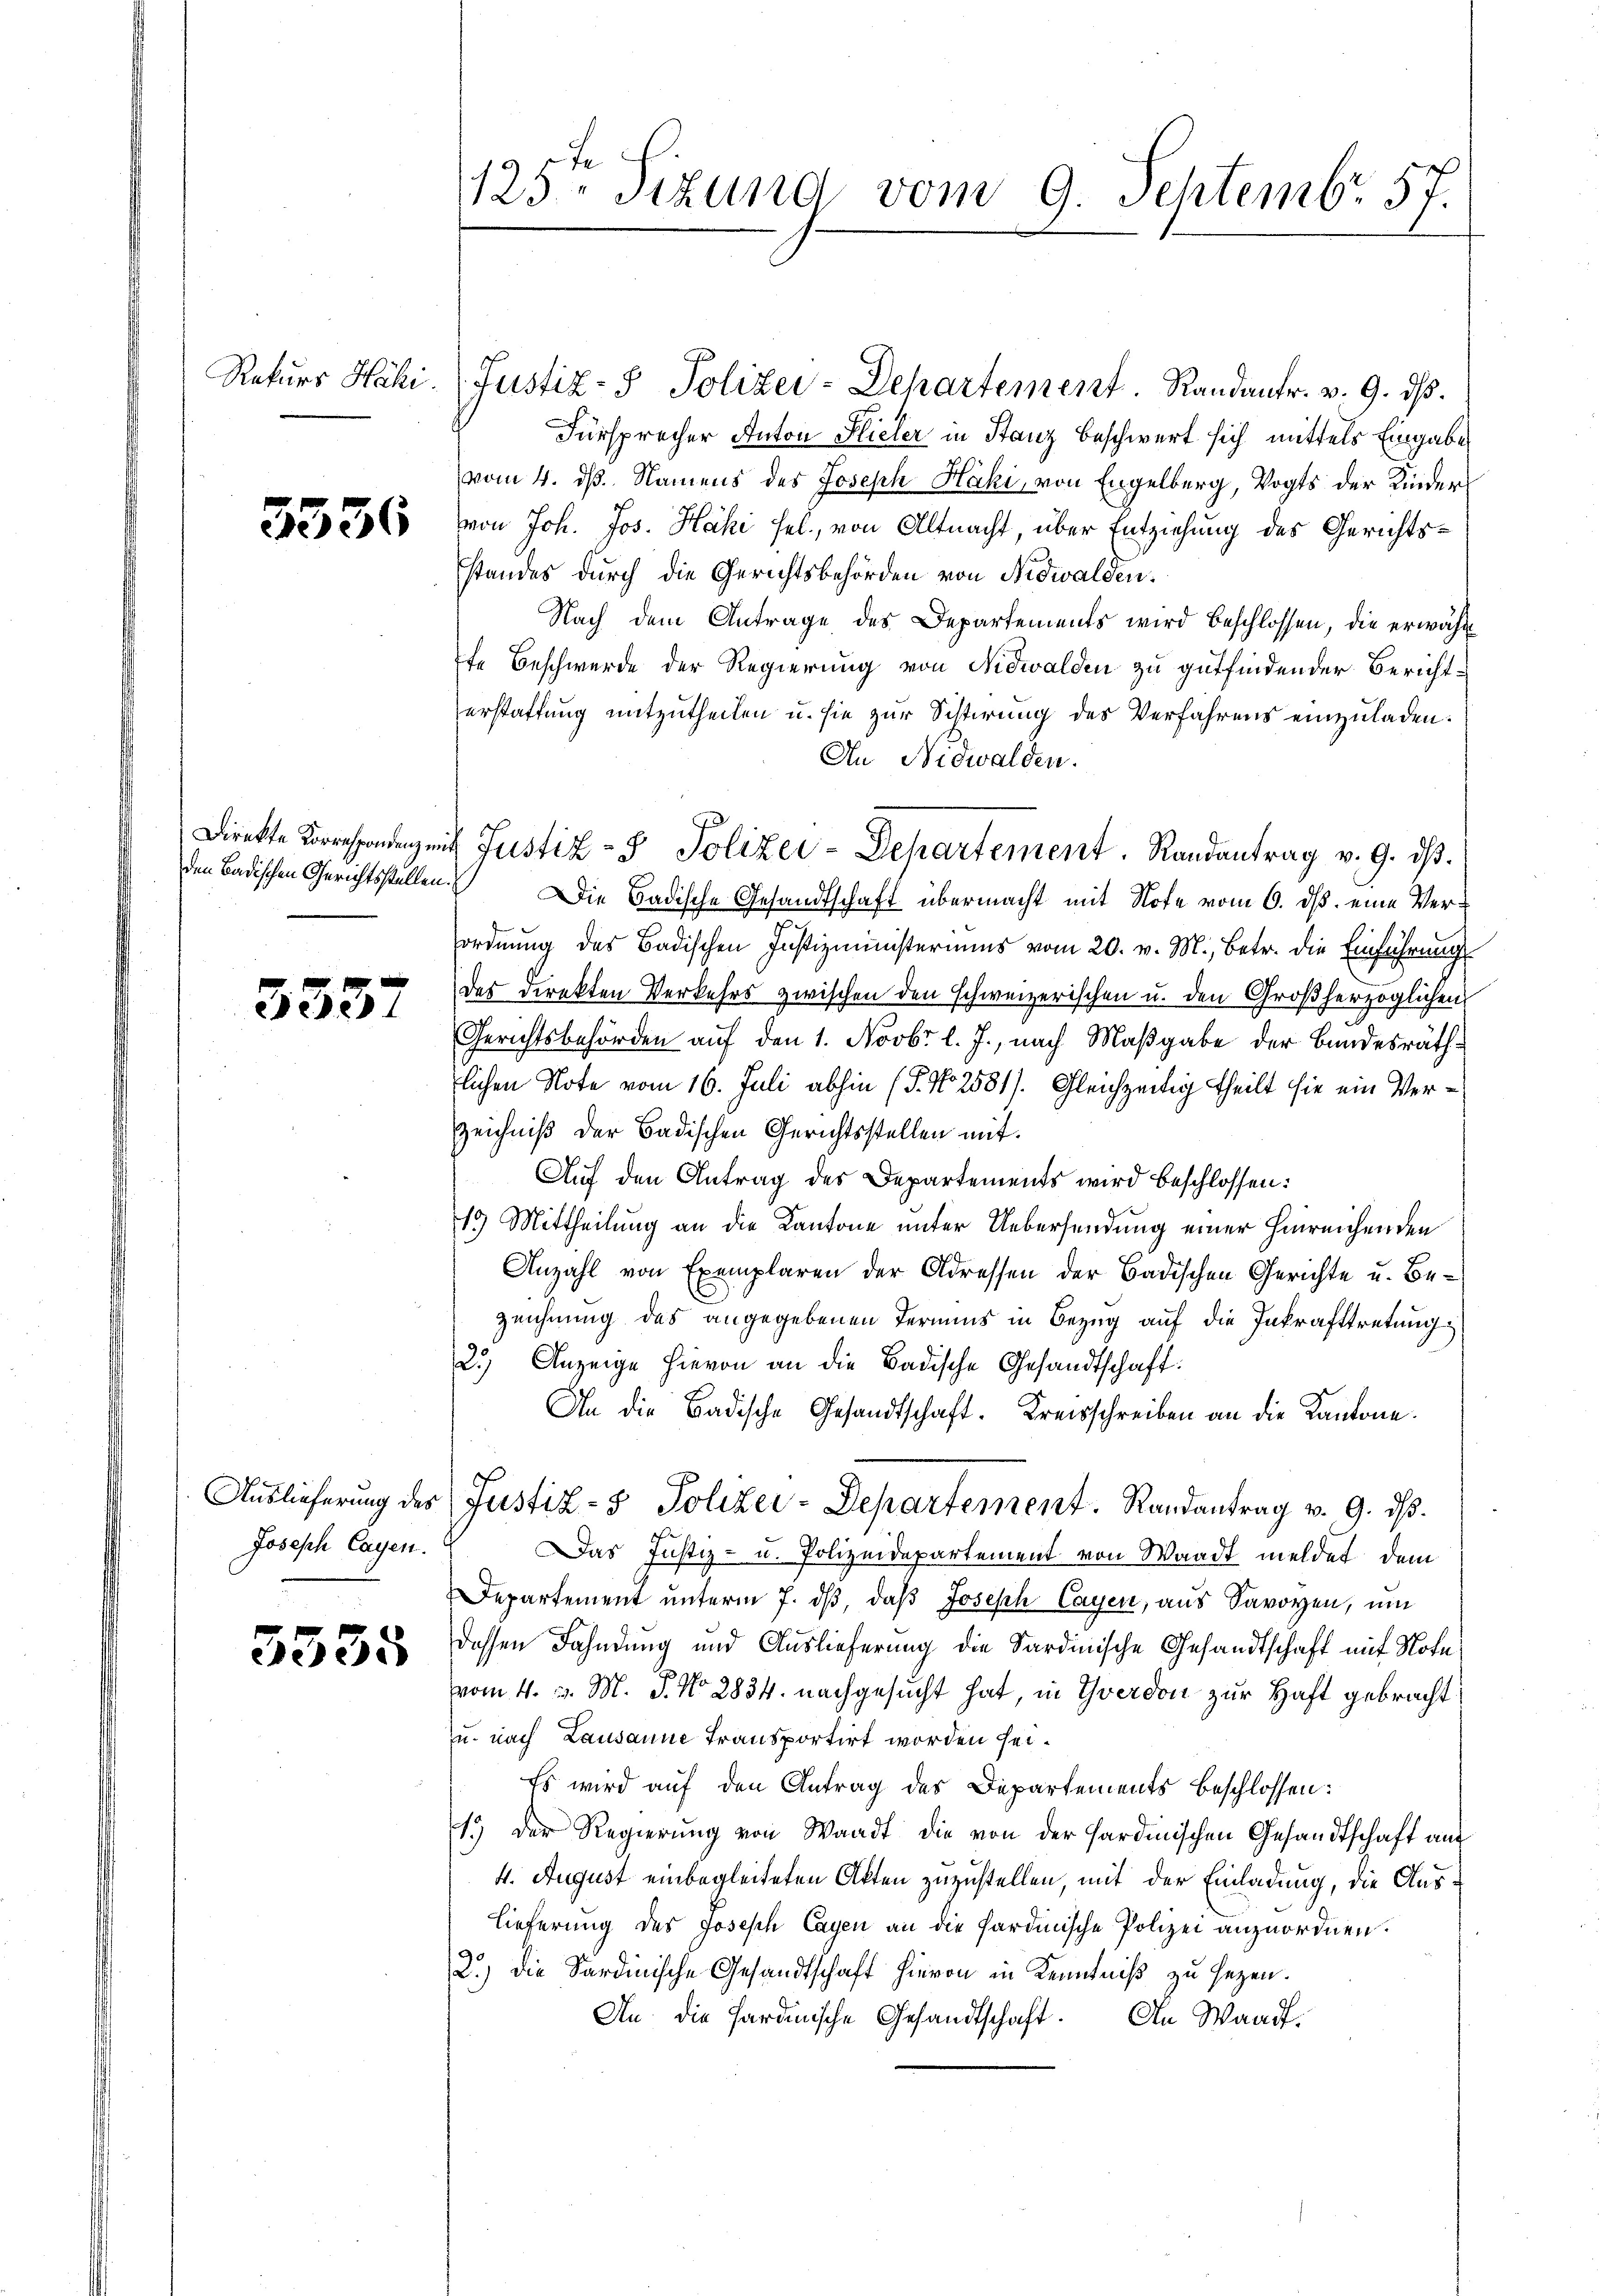
Rekurs Hähi.

5536

3337

Joseph Cayen.

3535

125ten Sizund vom 9. Septembr. 57.

Justiz- & Polizei-Departement. Randantr. v. 9. ds.
Fürsprecher Anton Hieler in Stanz beschwert sich mittels Eingabe
vom 4. dß. Namens des Joseph Häki, von Engelberg, Vogts der Kindervon Joh. Jos. Häki sel., von Altnacht, über Entziehung des Gerichtsstandes durch die Gerichtsbehörden von Nidwalden.
Nach dem Antrage des Departements wird beschlossen, die erwähnfe Beschwerde der Regierung von Nidwalden zu gutfindender Berichterstattung mitzutheilen u. sie zur Sistirung des Verfahrens einzuladen.
An Nidwalden.
den Badischen Gerichtsstellen. Die Badische Gesandtschaft übermacht mit Note vom 6. ds. eine Verordnung des Badischen Justizministeriums vom 20. v. M., betr. die Einführung
das direkten Verkehrs zwischen den schweizerischen u. den Großherzoglichen
Gerichtsbehörden auf den 1. Novbr l. J., nach Maßgabe der Bundesräthlichen Note vom 16. Juli abhin (S. No 2581). Gleichzeitig theilt sie ein Ver¬
Zeichniß der Badischen Gerichtsstellen mit
Auf den Antrag des Departements wird beschlossen:
19) Mittheilung an die Kantone unter Uebersendung einer hinreichenden
Anzahl von Exemplaren der Adressen der Badischen Gerichte u. Be-
zeichnung des angegebenen Termins in Bezug auf die Inkrafttretung
2.) Anzeige hievon an die Badische Gesandtschaft:
An die Badische Gesandtschaft. Kreisschreiben an die Kantone.
Auslieferung des (Justiz- & Polizei-Departement. Randantrag v. 9. ds.
Das Justiz- u. Polizeidepartement von Waadt meldet, dem
Departement ŭnterm 7. dβ, daβ Joseph Cayen, aus Savoyen, ŭm
dessen Fahndung und Auslieferung die Sardinische Gesandtschaft mit Notevom 4. v. M. P. No 2834. nachgesucht hat, in Yverdon zur Haft gebracht:
u. nach Lausanne transportirt worden sei¬
Es wird auf den Antrag des Departements beschlossen:
13 der Regierŭng von Waadt die von der Hardmischen Gesandtschaft auf
4. August einbegleiteten Akten zuzustellen, mit der Einladung, die Auslieferung des Joseph Cayen an die Sardinische Polizei anzuordnen.
2.) Die Sardinische Gesandtschaft hievon in Kenntniß zu sezen.
An die Sardinische Gesandtschaft. An Waadt.

Direkte an mit Justiz- & Polizei-Departement. Randantrag v. 9. ist.